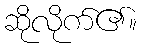
ဆိုလိုက်၏။